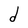
Character: d